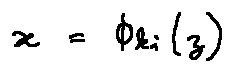
x = \phi _ { k i } ( z )